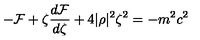
- { \cal F } + \zeta \frac { d { \cal F } } { d \zeta } + 4 | \rho | ^ { 2 } \zeta ^ { 2 } = - m ^ { 2 } c ^ { 2 }